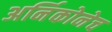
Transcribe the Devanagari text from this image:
अर्निकोनेच